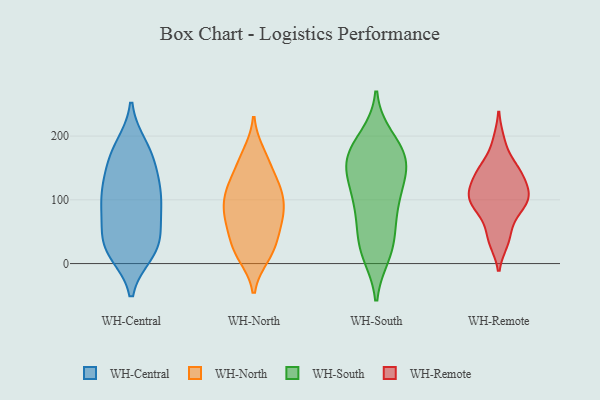
{"axis": {"x": "Budget (USD K)", "y": "Value"}, "legend": ["WH-Central", "WH-North", "WH-Remote", "WH-South"], "data": [{"x": "", "y": 92, "type": "WH-Central"}, {"x": "", "y": 20, "type": "WH-Central"}, {"x": "", "y": 18, "type": "WH-Central"}, {"x": "", "y": 167, "type": "WH-Central"}, {"x": "", "y": 108, "type": "WH-Central"}, {"x": "", "y": 162, "type": "WH-Central"}, {"x": "", "y": 117, "type": "WH-Central"}, {"x": "", "y": 185, "type": "WH-Central"}, {"x": "", "y": 16, "type": "WH-Central"}, {"x": "", "y": 37, "type": "WH-Central"}, {"x": "", "y": 77, "type": "WH-Central"}, {"x": "", "y": 99, "type": "WH-Central"}, {"x": "", "y": 150, "type": "WH-Central"}, {"x": "", "y": 63, "type": "WH-Central"}, {"x": "", "y": 114, "type": "WH-Central"}, {"x": "", "y": 130, "type": "WH-Central"}, {"x": "", "y": 22, "type": "WH-Central"}, {"x": "", "y": 64, "type": "WH-Central"}, {"x": "", "y": 35, "type": "WH-Central"}, {"x": "", "y": 185, "type": "WH-Central"}, {"x": "", "y": 114, "type": "WH-North"}, {"x": "", "y": 50, "type": "WH-North"}, {"x": "", "y": 120, "type": "WH-North"}, {"x": "", "y": 81, "type": "WH-North"}, {"x": "", "y": 124, "type": "WH-North"}, {"x": "", "y": 25, "type": "WH-North"}, {"x": "", "y": 14, "type": "WH-North"}, {"x": "", "y": 41, "type": "WH-North"}, {"x": "", "y": 164, "type": "WH-North"}, {"x": "", "y": 121, "type": "WH-North"}, {"x": "", "y": 20, "type": "WH-North"}, {"x": "", "y": 79, "type": "WH-North"}, {"x": "", "y": 66, "type": "WH-North"}, {"x": "", "y": 12, "type": "WH-North"}, {"x": "", "y": 95, "type": "WH-North"}, {"x": "", "y": 76, "type": "WH-North"}, {"x": "", "y": 172, "type": "WH-North"}, {"x": "", "y": 159, "type": "WH-North"}, {"x": "", "y": 115, "type": "WH-North"}, {"x": "", "y": 77, "type": "WH-North"}, {"x": "", "y": 25, "type": "WH-South"}, {"x": "", "y": 14, "type": "WH-South"}, {"x": "", "y": 96, "type": "WH-South"}, {"x": "", "y": 170, "type": "WH-South"}, {"x": "", "y": 154, "type": "WH-South"}, {"x": "", "y": 163, "type": "WH-South"}, {"x": "", "y": 73, "type": "WH-South"}, {"x": "", "y": 62, "type": "WH-South"}, {"x": "", "y": 149, "type": "WH-South"}, {"x": "", "y": 121, "type": "WH-South"}, {"x": "", "y": 97, "type": "WH-South"}, {"x": "", "y": 142, "type": "WH-South"}, {"x": "", "y": 194, "type": "WH-South"}, {"x": "", "y": 38, "type": "WH-South"}, {"x": "", "y": 167, "type": "WH-South"}, {"x": "", "y": 16, "type": "WH-South"}, {"x": "", "y": 198, "type": "WH-South"}, {"x": "", "y": 172, "type": "WH-South"}, {"x": "", "y": 115, "type": "WH-South"}, {"x": "", "y": 113, "type": "WH-Remote"}, {"x": "", "y": 147, "type": "WH-Remote"}, {"x": "", "y": 143, "type": "WH-Remote"}, {"x": "", "y": 35, "type": "WH-Remote"}, {"x": "", "y": 110, "type": "WH-Remote"}, {"x": "", "y": 40, "type": "WH-Remote"}, {"x": "", "y": 94, "type": "WH-Remote"}, {"x": "", "y": 98, "type": "WH-Remote"}, {"x": "", "y": 192, "type": "WH-Remote"}, {"x": "", "y": 151, "type": "WH-Remote"}, {"x": "", "y": 105, "type": "WH-Remote"}, {"x": "", "y": 133, "type": "WH-Remote"}, {"x": "", "y": 70, "type": "WH-Remote"}, {"x": "", "y": 93, "type": "WH-Remote"}]}